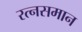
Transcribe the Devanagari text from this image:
रत्नसमान